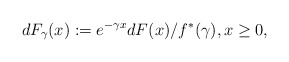
\begin{align*}dF_{\gamma} (x) := e^{-\gamma x} dF(x) / f^*(\gamma), x \geq 0,\end{align*}